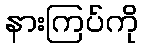
နားကြပ်ကို